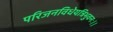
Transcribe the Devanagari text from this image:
परिजनविधेयत्रिभुवनः।।